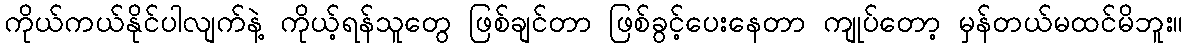
ကိုယ်ကယ်နိုင်ပါလျက်နဲ့ ကိုယ့်ရန်သူတွေ ဖြစ်ချင်တာ ဖြစ်ခွင့်ပေးနေတာ ကျုပ်တော့ မှန်တယ်မထင်မိဘူး။